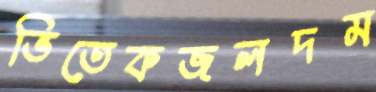
ভিতেকজলদম